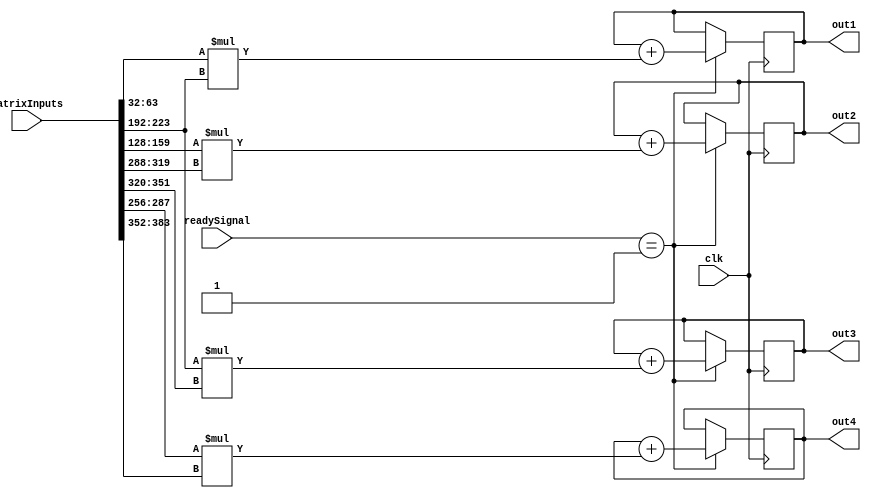
`timescale 1ns / 1ps
//////////////////////////////////////////////////////////////////////////////////
// Company: 
// Engineer: 
// 
// Design Name: 
// Module Name: matrixMultiply
// Project Name: 
// Target Devices: 
// Tool Versions: 
// Description: 
// 
// Dependencies: 
// 
// Revision:
// Revision 0.01 - File Created
// Additional Comments:
// 
//////////////////////////////////////////////////////////////////////////////////


module matrixMultiply
    # 
    (parameter PARAMREGNUMBERS = 8'd3  ,
               MATRIXINPUTREGNUMBERS = 8'd20,
               MATRIXOUTPUTREGNUMBERS = 8'd4,
               mat1height = 8'd2,
               mat1width = 8'd2,
               mat2width = 8'd2,
               sizeOfMat1 = 8'd4,
               sizeOfMat2 = 8'd4
    )
    (
    input clk,
//    input [7:0] mat1height,
//    input [7:0] mat1width,
//    input [7:0] mat2width,
//    input signed [31:0] reg1,
//    input signed [31:0] reg2,
//    input signed [31:0] reg3,
//    input signed [31:0] reg4,
    input signed [32*18-1:0] matrixInputs, 
    input [31:0] readySignal, // 8+18+1 = 27
    output reg signed [31:0] out1,
    output reg signed [31:0] out2,
    output reg signed [31:0] out3,
    output reg signed [31:0] out4
    );
//    reg signed[31:0] sizeOfMat1;
//    reg signed[31:0] sizeOfMat2;
    integer	 byte_index1;
    integer  sumIndex1;
    
    integer	 byte_index2;
    integer  sumIndex2;
    
    integer	 byte_index3;
    integer  sumIndex3;
    
    integer	 byte_index4;
    integer  sumIndex4;
    
    initial begin
//        sizeOfMat1 = mat1height*mat1width;
//        sizeOfMat2 = mat1width*mat2width;
        out1 = 0;
        out2 = 0;
        out3 = 0;
        out4 = 0;
    end
    always @(posedge clk) begin
        if(readySignal == 1) begin
            for ( byte_index1 = 0; byte_index1 <= mat1width-1; byte_index1 = byte_index1+1 )
                begin
                // Respective byte enables are asserted as per write strobes 
                // Slave register 
                out1 <= out1 + matrixInputs[(0*mat1width+byte_index1)*32 +: 32]*
                               matrixInputs[(sizeOfMat1+byte_index1*mat2width+0)*32 +: 32];
                end 
            for ( byte_index2 = 0; byte_index2 <= mat1width-1; byte_index2 = byte_index2+1 )
                begin
                // Respective byte enables are asserted as per write strobes 
                // Slave register 
                out2 <= out2 + matrixInputs[(1*mat1width+byte_index1)*32 +: 32]*
                               matrixInputs[(sizeOfMat1+byte_index1*mat2width+1)*32 +: 32];
                end 
            for ( byte_index3 = 0; byte_index3 <= mat1width-1; byte_index3 = byte_index3+1 )
                begin
                // Respective byte enables are asserted as per write strobes 
                // Slave register 
                out3 <= out3 + matrixInputs[(2*mat1width+byte_index1)*32 +: 32]*
                               matrixInputs[(sizeOfMat1+byte_index1*mat2width+2)*32 +: 32];
                end 
            for ( byte_index4 = 0; byte_index4 <= mat1width-1; byte_index4 = byte_index4+1 )
                begin
                // Respective byte enables are asserted as per write strobes 
                // Slave register 
                out4 <= out4 + matrixInputs[(3*mat1width+byte_index1)*32 +: 32]*
                               matrixInputs[(sizeOfMat1+byte_index1*mat2width+3)*32 +: 32];
                end 
        end
    end
endmodule